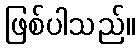
ဖြစ်ပါသည်။